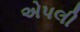
એપલી